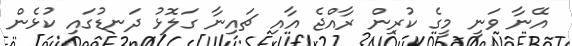
އޭނާ ވަނީ މީގެ ކުރިން ރާއްޖެ އާއި ޗައިނާ ގަލޮޅު ދަނޑުގައި ކުޅެން